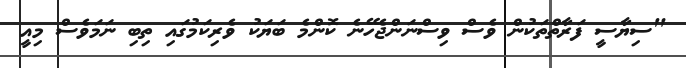
"ސިޔާސީ ފަރާތްތަކުން ވެސް ވިސްނަންޖެހޭނެ ކޮންމެ ބަޔަކު ވެރިކަމުގައި ތިބި ނަމަވެސް މިއީ